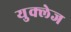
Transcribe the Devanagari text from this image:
युक्लेज